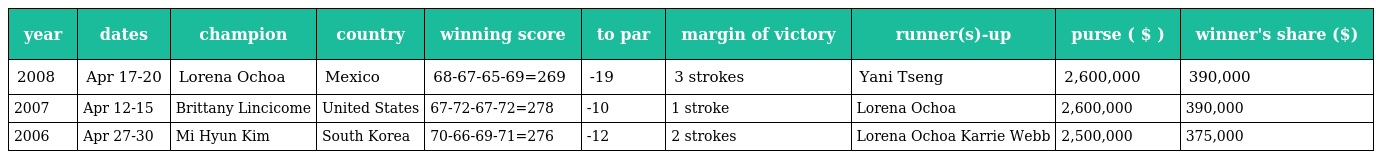
| year | dates | champion | country | winning score | to par | margin of victory | runner(s)-up | purse ( $ ) | winner's share ($) |
 | --- | --- | --- | --- | --- | --- | --- | --- | --- | --- |
 | 2008 | Apr 17-20 | Lorena Ochoa | Mexico | 68-67-65-69=269 | -19 | 3 strokes | Yani Tseng | 2,600,000 | 390,000 |
 | 2007 | Apr 12-15 | Brittany Lincicome | United States | 67-72-67-72=278 | -10 | 1 stroke | Lorena Ochoa | 2,600,000 | 390,000 |
 | 2006 | Apr 27-30 | Mi Hyun Kim | South Korea | 70-66-69-71=276 | -12 | 2 strokes | Lorena Ochoa Karrie Webb | 2,500,000 | 375,000 |